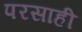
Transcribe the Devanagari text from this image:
परसाही